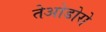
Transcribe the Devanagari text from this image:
तेओडोरो